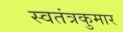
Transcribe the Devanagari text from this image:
स्वतंत्रकुमार